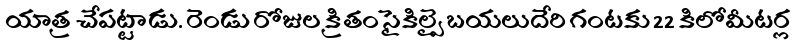
యాత్ర చేపట్టాడు. రెండు రోజుల క్రితం సైకిల్పై బయలుదేరి గంటకు 22 కిలోమీటర్ల